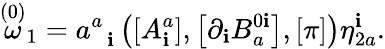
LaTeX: \stackrel{\left(0\right)}{\omega}_{1}=a_{\; \; \mathbf{i}}^{a}\left(\left[A_{\mathbf{i}}^{a}\right],\left[\partial_{\mathbf{i}}B_{a}^{0\mathbf{i}}\right],\left[\pi\right]\right)\eta_{2a}^{\mathbf{i}}.